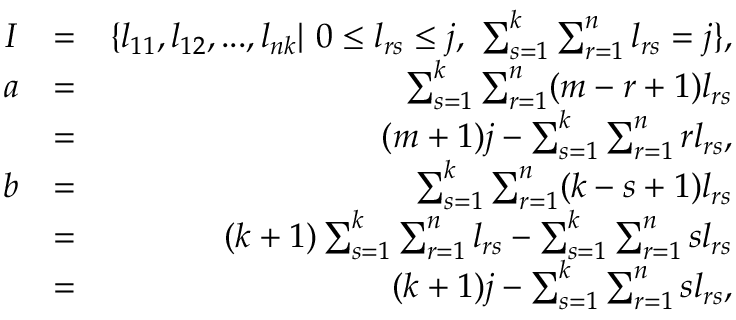
\begin{array} { r l r } { I } & { = } & { \{ l _ { 1 1 } , l _ { 1 2 } , . . . , l _ { n k } | \mathrm { ~ } 0 \leq l _ { r s } \leq j \mathrm { , ~ } \sum _ { s = 1 } ^ { k } \sum _ { r = 1 } ^ { n } l _ { r s } = j \} , } \\ { a } & { = } & { \sum _ { s = 1 } ^ { k } \sum _ { r = 1 } ^ { n } ( m - r + 1 ) l _ { r s } } \\ & { = } & { ( m + 1 ) j - \sum _ { s = 1 } ^ { k } \sum _ { r = 1 } ^ { n } r l _ { r s } \mathrm { , } } \\ { b } & { = } & { \sum _ { s = 1 } ^ { k } \sum _ { r = 1 } ^ { n } ( k - s + 1 ) l _ { r s } } \\ & { = } & { ( k + 1 ) \sum _ { s = 1 } ^ { k } \sum _ { r = 1 } ^ { n } l _ { r s } - \sum _ { s = 1 } ^ { k } \sum _ { r = 1 } ^ { n } s l _ { r s } } \\ & { = } & { ( k + 1 ) j - \sum _ { s = 1 } ^ { k } \sum _ { r = 1 } ^ { n } s l _ { r s } , } \end{array}